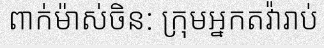
ពាក់ម៉ាស់ចិន: ក្រុមអ្នកតវ៉ារាប់